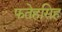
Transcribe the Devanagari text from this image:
फतेहसिह